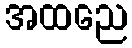
အထညေ